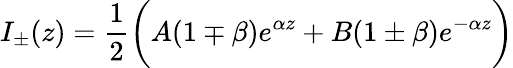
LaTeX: I_{\pm}(z)=\frac{1}{2}\bigg(A(1\mp\beta)e^{\alpha z}+B(1\pm\beta)e^{-\alpha z}\bigg)